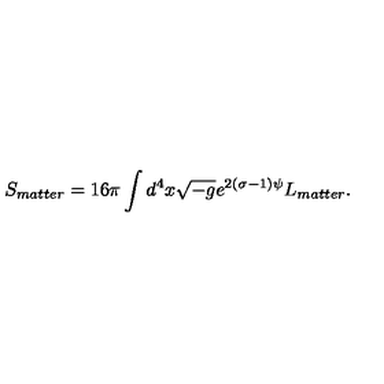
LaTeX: S _ { m a t t e r } = 1 6 \pi \int d ^ { 4 } x \sqrt { - g } e ^ { 2 ( \sigma - 1 ) \psi } L _ { m a t t e r } .